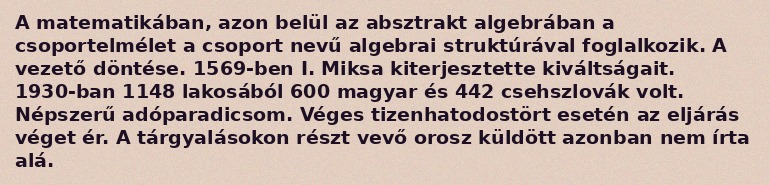
A matematikában, azon belül az absztrakt algebrában a csoportelmélet a csoport nevű algebrai struktúrával foglalkozik. A vezető döntése. 1569-ben I. Miksa kiterjesztette kiváltságait. 1930-ban 1148 lakosából 600 magyar és 442 csehszlovák volt. Népszerű adóparadicsom. Véges tizenhatodostört esetén az eljárás véget ér. A tárgyalásokon részt vevő orosz küldött azonban nem írta alá.